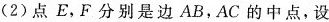
(2)点E，F分别是边AB，AC的中点，设